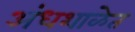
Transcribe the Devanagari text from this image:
अंधशाळेत